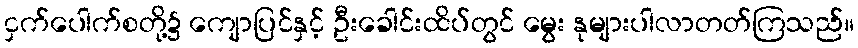
ငှက်ပေါက်စတို့၌ ကျောပြင်နှင့် ဦးခေါင်းထိပ်တွင် မွေး နုများပါလာတတ်ကြသည်။